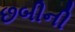
છબીની